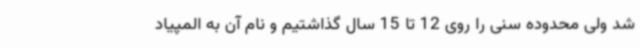
شد ولی محدوده سنی را روی 12 تا 15 سال گذاشتیم و نام آن به المپیاد